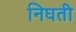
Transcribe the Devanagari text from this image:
निघती